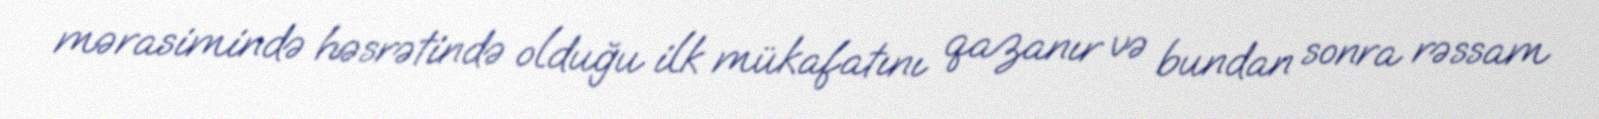
mərasimində həsrətində olduğu ilk mükafatını qazanır və bundan sonra rəssam